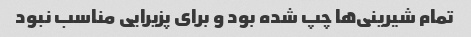
تمام شیرینی‌ها چپ شده بود و برای پزیرایی مناسب نبود